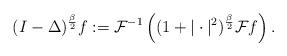
LaTeX: \begin{align*}(I-\Delta)^\frac{\beta}{2} f := \mathcal{F}^{-1}\left((1+|\cdot|^2)^{\frac{\beta}{2}} \mathcal{F}f \right) .\end{align*}